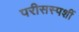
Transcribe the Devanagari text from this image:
परीसस्पर्शी